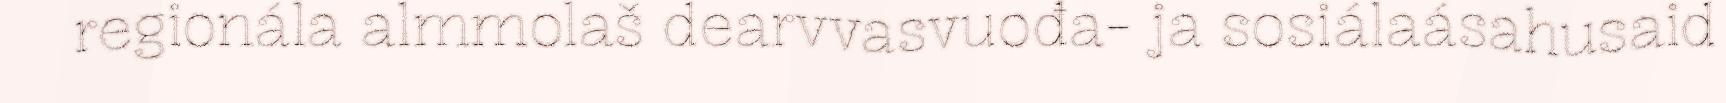
regionála almmolaš dearvvasvuođa- ja sosiálaásahusaid